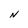
Character: N